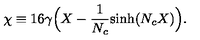
\chi \equiv 1 6 \gamma \Big ( X - { \frac { 1 } { N _ { c } } } \mathrm { s i n h } ( N _ { c } X ) \Big ) .